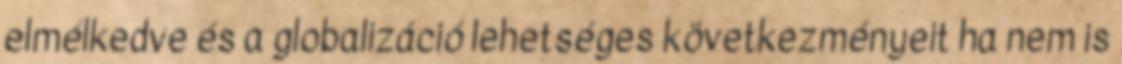
elmélkedve és a globalizáció lehetséges következményeit ha nem is